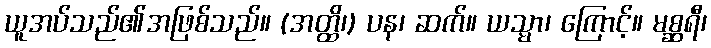
ယူအပ်သည်၏အဖြစ်သည်။ (အတ္ထိ၊) ပန၊ ဆက်။ ယသ္မာ၊ ကြောင့်။ မစ္ဆရီ၊